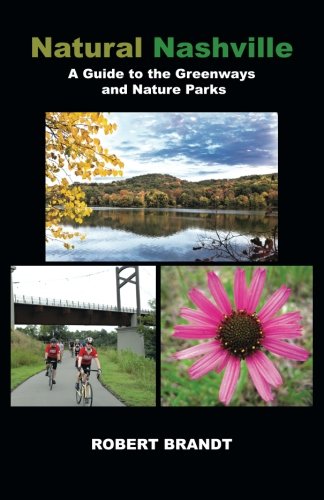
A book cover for Natural Nashville: A Guide to the Greenways and Nature Parks; Robert Brandt; Travel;